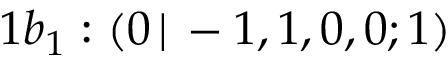
1 b _ { 1 } : ( 0 \, | \, - 1 , 1 , 0 , 0 ; 1 )